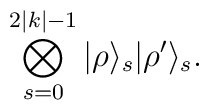
\bigotimes_{s=0}^{2|k|-1}|\rho\rangle_{s}|\rho'\rangle_{s}.